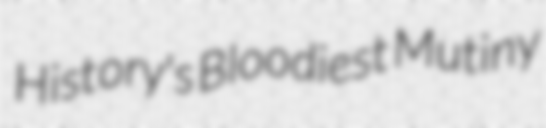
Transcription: History's Bloodiest Mutiny